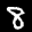
Label: 8